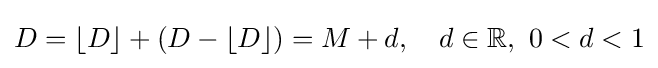
D=\lfloor D\rfloor +(D-\lfloor D\rfloor )=M+d,\quad d\in \mathbb {R} ,\ 0<d<1